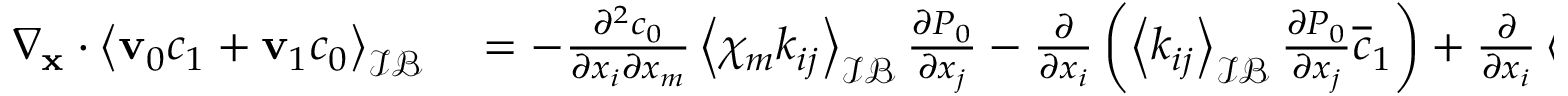
\begin{array} { r l } { \nabla _ { \mathbf x } \cdot \left\langle \mathbf v _ { 0 } c _ { 1 } + \mathbf v _ { 1 } c _ { 0 } \right\rangle _ { \mathcal { I B } } } & { { } = - \frac { \partial ^ { 2 } c _ { 0 } } { \partial x _ { i } \partial x _ { m } } \left\langle \chi _ { m } k _ { i j } \right\rangle _ { \mathcal { I B } } \frac { \partial P _ { 0 } } { \partial x _ { j } } - \frac { \partial } { \partial x _ { i } } \left( \left\langle k _ { i j } \right\rangle _ { \mathcal { I B } } \frac { \partial P _ { 0 } } { \partial x _ { j } } \overline { { c } } _ { 1 } \right) + \frac { \partial } { \partial x _ { i } } \left\langle v _ { 1 i } c _ { 0 } \right\rangle _ { \mathcal { I B } } } \end{array}